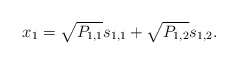
\begin{align*} x_1=\sqrt{P_{1,1}}s_{1,1}+\sqrt{P_{1,2}}s_{1,2}.\end{align*}